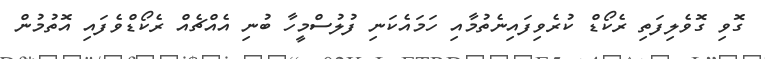
ގޮވި ގޮވެލިފަތި ރެކޯޑް ކުރެވިފައިނެތުމާއި ހަމައެކަނި ފުލުސްމީހާ ބުނި އެއްޗެއް ރެކޯޑްވެފައި އޮތުމުން